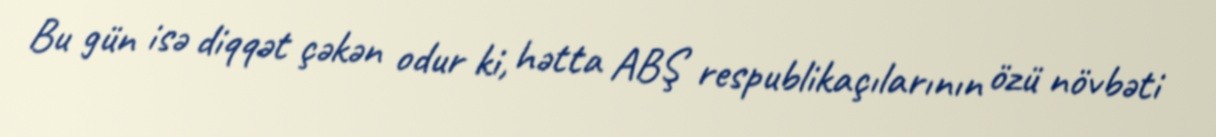
Bu gün isə diqqət çəkən odur ki, hətta ABŞ respublikaçılarının özü növbəti